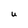
Character: U